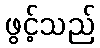
ဖွင့်သည်